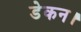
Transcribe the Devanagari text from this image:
डेकन।